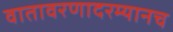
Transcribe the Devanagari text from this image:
वातावरणादरम्यानच